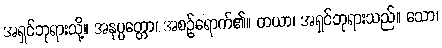
အရှင်ဘုရားသို့။ အနုပ္ပတ္တော၊ အစဉ်ရောက်၏။ တယာ၊ အရှင်ဘုရားသည်။ သော၊